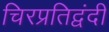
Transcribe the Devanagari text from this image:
चिरप्रतिद्वंदी